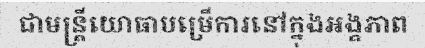
ជាមន្ត្រីយោធាបម្រើការនៅក្នុងអង្គភាព